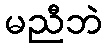
မညီဘဲ